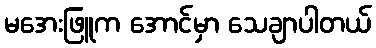
မအေးဖြူက အောင်မှာ သေချာပါတယ်